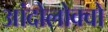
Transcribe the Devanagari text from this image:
आंदोलोक्वो